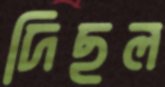
দিছল